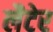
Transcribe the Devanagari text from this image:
लैटेर